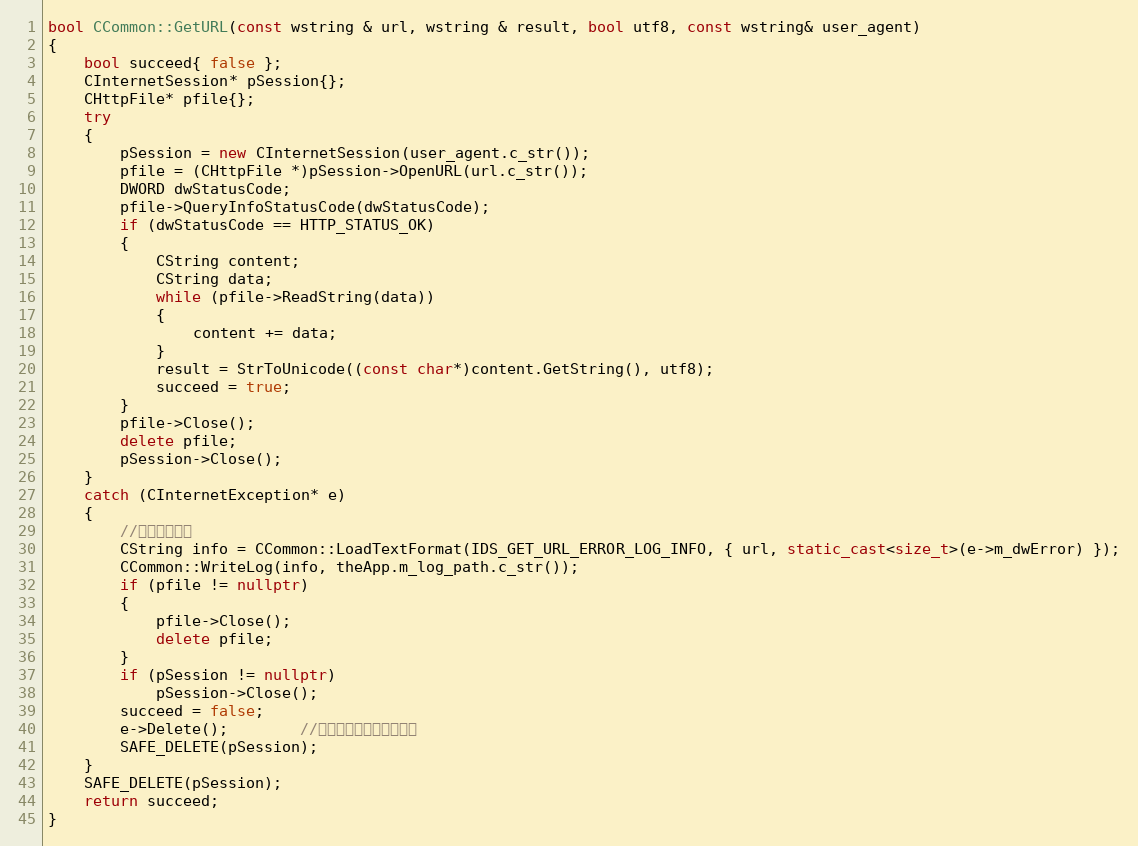
Language: C++
bool CCommon::GetURL(const wstring & url, wstring & result, bool utf8, const wstring& user_agent)
{
	bool succeed{ false };
    CInternetSession* pSession{};
    CHttpFile* pfile{};
	try
	{
        pSession = new CInternetSession(user_agent.c_str());
		pfile = (CHttpFile *)pSession->OpenURL(url.c_str());
		DWORD dwStatusCode;
		pfile->QueryInfoStatusCode(dwStatusCode);
		if (dwStatusCode == HTTP_STATUS_OK)
		{
			CString content;
			CString data;
			while (pfile->ReadString(data))
			{
				content += data;
			}
			result = StrToUnicode((const char*)content.GetString(), utf8);
			succeed = true;
		}
		pfile->Close();
		delete pfile;
        pSession->Close();
	}
	catch (CInternetException* e)
	{
        //写入错误日志
        CString info = CCommon::LoadTextFormat(IDS_GET_URL_ERROR_LOG_INFO, { url, static_cast<size_t>(e->m_dwError) });
        CCommon::WriteLog(info, theApp.m_log_path.c_str());
        if (pfile != nullptr)
		{
			pfile->Close();
			delete pfile;
		}
        if (pSession != nullptr)
            pSession->Close();
		succeed = false;
		e->Delete();		//没有这句会造成内存泄露
        SAFE_DELETE(pSession);
	}
    SAFE_DELETE(pSession);
    return succeed;
}